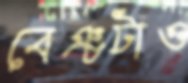
বেঞ্চটাও